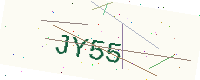
Text: JY55